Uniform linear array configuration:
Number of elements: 4
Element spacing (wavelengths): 0.5
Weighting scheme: hamming
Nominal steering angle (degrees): -30
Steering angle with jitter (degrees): -28.893
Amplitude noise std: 0.05
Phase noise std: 0.05

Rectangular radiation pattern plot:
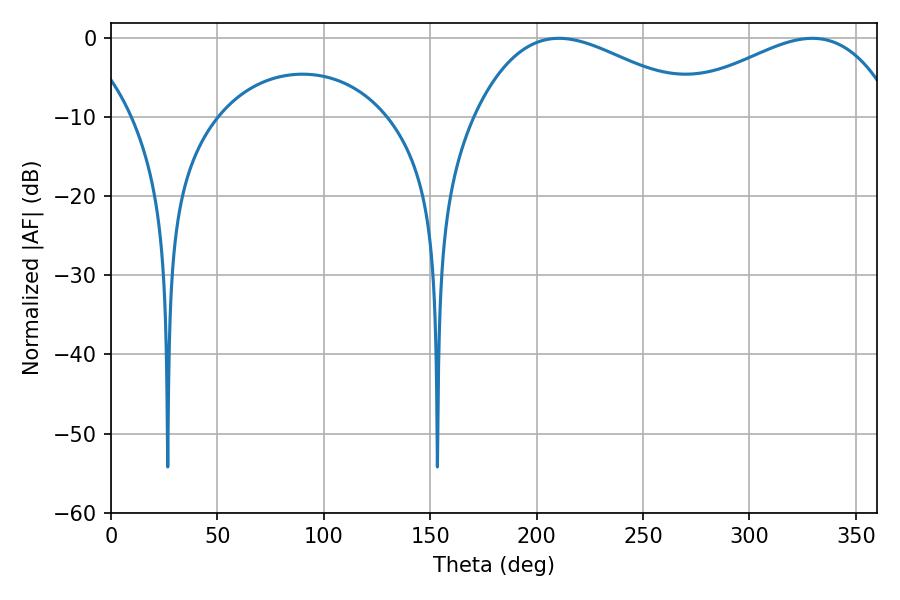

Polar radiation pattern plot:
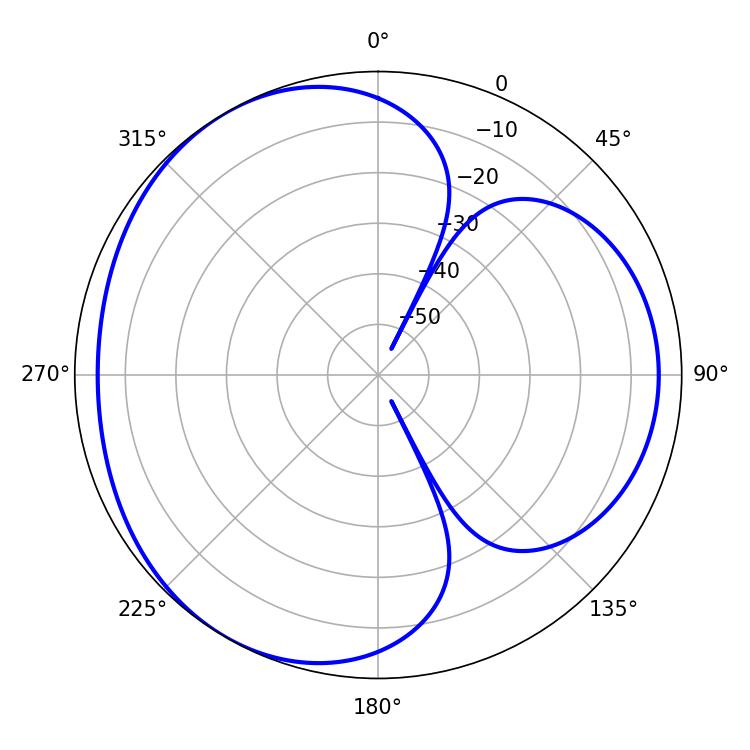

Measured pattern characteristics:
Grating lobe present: FALSE
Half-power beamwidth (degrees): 58.14
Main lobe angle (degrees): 210.42